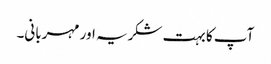
آپ کا بہت شکریہ اور مہربانی۔